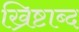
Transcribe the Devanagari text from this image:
ख्रिष्टाब्द